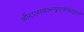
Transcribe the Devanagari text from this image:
औरएसडब्ल्यूएफफाइलों